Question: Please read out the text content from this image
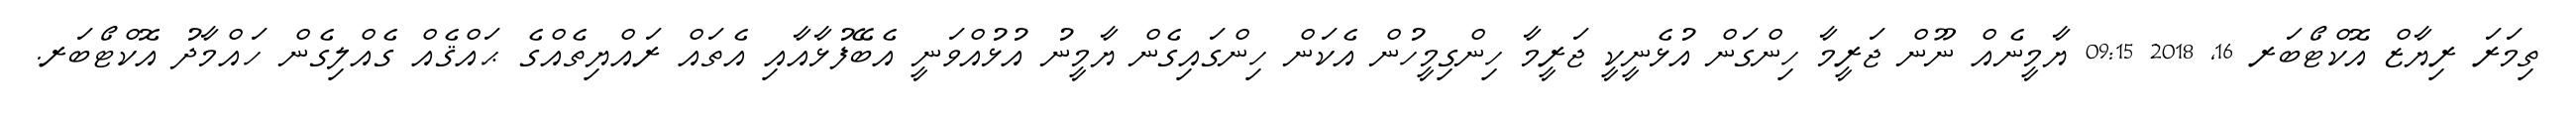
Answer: ތިމަރަ ރިޔާޒް އޮކްޓޯބަރ 16, 2018 09:15 ޔާމީނެއް ނޫން ޖަރީމާ ހިންގަން އުޅެނީކީ ޖަރީމާ ހިންގިމީހުން އެކަން ހިންގައިގެން ޔާމީނު އުޅުއްވަނީ އެބޭފުޅާއާއި އެތައް ރައްޔިތެއްގެ ޙައްޤެއް ގެއްލިގެން ހައްމާދު އޮކްޓޯބަރ.